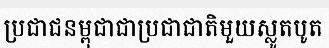
ប្រជាជនម្ពុជាជាប្រជាជាតិមួយស្លូតបូត